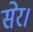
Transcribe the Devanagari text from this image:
सेर।